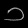
Digit: ၁